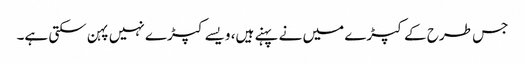
جس طرح کے کپڑے میں نے پہنے ہیں، ویسے کپڑے نہیں پہن سکتی ہے۔